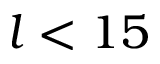
l < 1 5